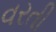
વરતી